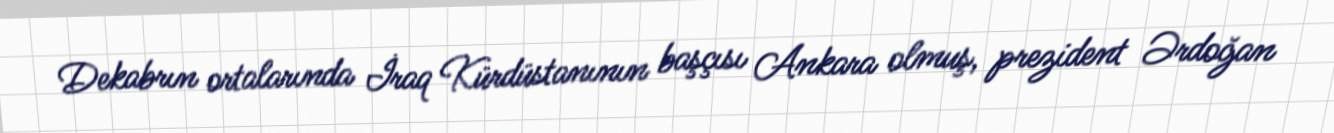
Dekabrın ortalarında İraq Kürdüstanının başçısı Ankara olmuş, prezident Ərdoğan